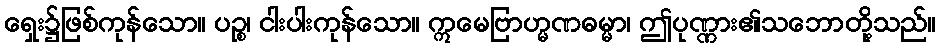
ရှေး၌ဖြစ်ကုန်သော။ ပဉ္စ၊ ငါးပါးကုန်သော။ ဣမေဗြာဟ္မဏဓမ္မာ၊ ဤပုဏ္ဏား၏သဘောတို့သည်။